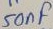
Text: 50nF